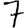
Digit: 7